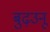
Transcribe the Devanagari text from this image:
बुढ़उनू